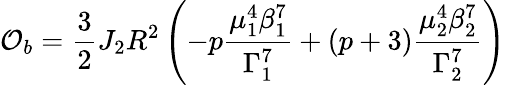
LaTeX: \mathcal{O}_{b}=\frac{3}{2}J_{2}R^{2}\left(-p\frac{\mu_{1}^{4}\beta_{1}^{7}}{\Gamma_{1}^{7}}+(p+3)\frac{\mu_{2}^{4}\beta_{2}^{7}}{\Gamma_{2}^{7}}\right)